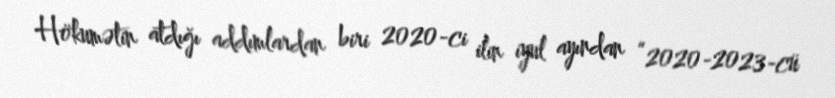
Hökumətin atdığı addımlardan biri 2020-ci ilin iyul ayından “2020-2023-cü